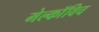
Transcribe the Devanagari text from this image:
मेल्काॅविच